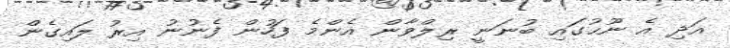
އަދި އެ ނޫޙުގައި ބުނަނީ ރިލްވާން އެންމެ ފަހުން ފެނުނު އިރު ލައިގެން